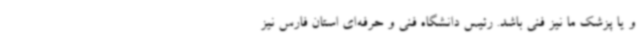
و یا پزشک ما نیز فنی باشد. رئیس دانشگاه فنی و حرفه‌ای استان فارس نیز